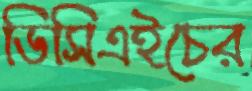
ডিসিএইচের